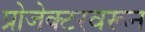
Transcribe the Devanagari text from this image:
प्रोजेक्टरवरून